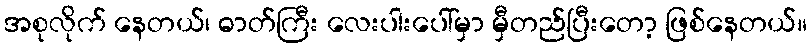
အစုလိုက် နေတယ်၊ ဓာတ်ကြီး လေးပါးပေါ်မှာ မှီတည်ပြီးတော့ ဖြစ်နေတယ်။